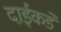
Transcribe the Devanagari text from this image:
दाईकडे